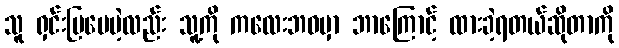
သူ ရှင်းပြပေမဲ့လည်း သူ့ကို ကလေးဘဝမှာ ဘာကြောင့် ထားခဲ့ရတယ်ဆိုတာကို